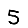
Digit: 5